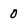
Character: 0